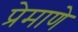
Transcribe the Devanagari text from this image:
प्रेमाणे